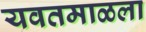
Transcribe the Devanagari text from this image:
यवतमाळला